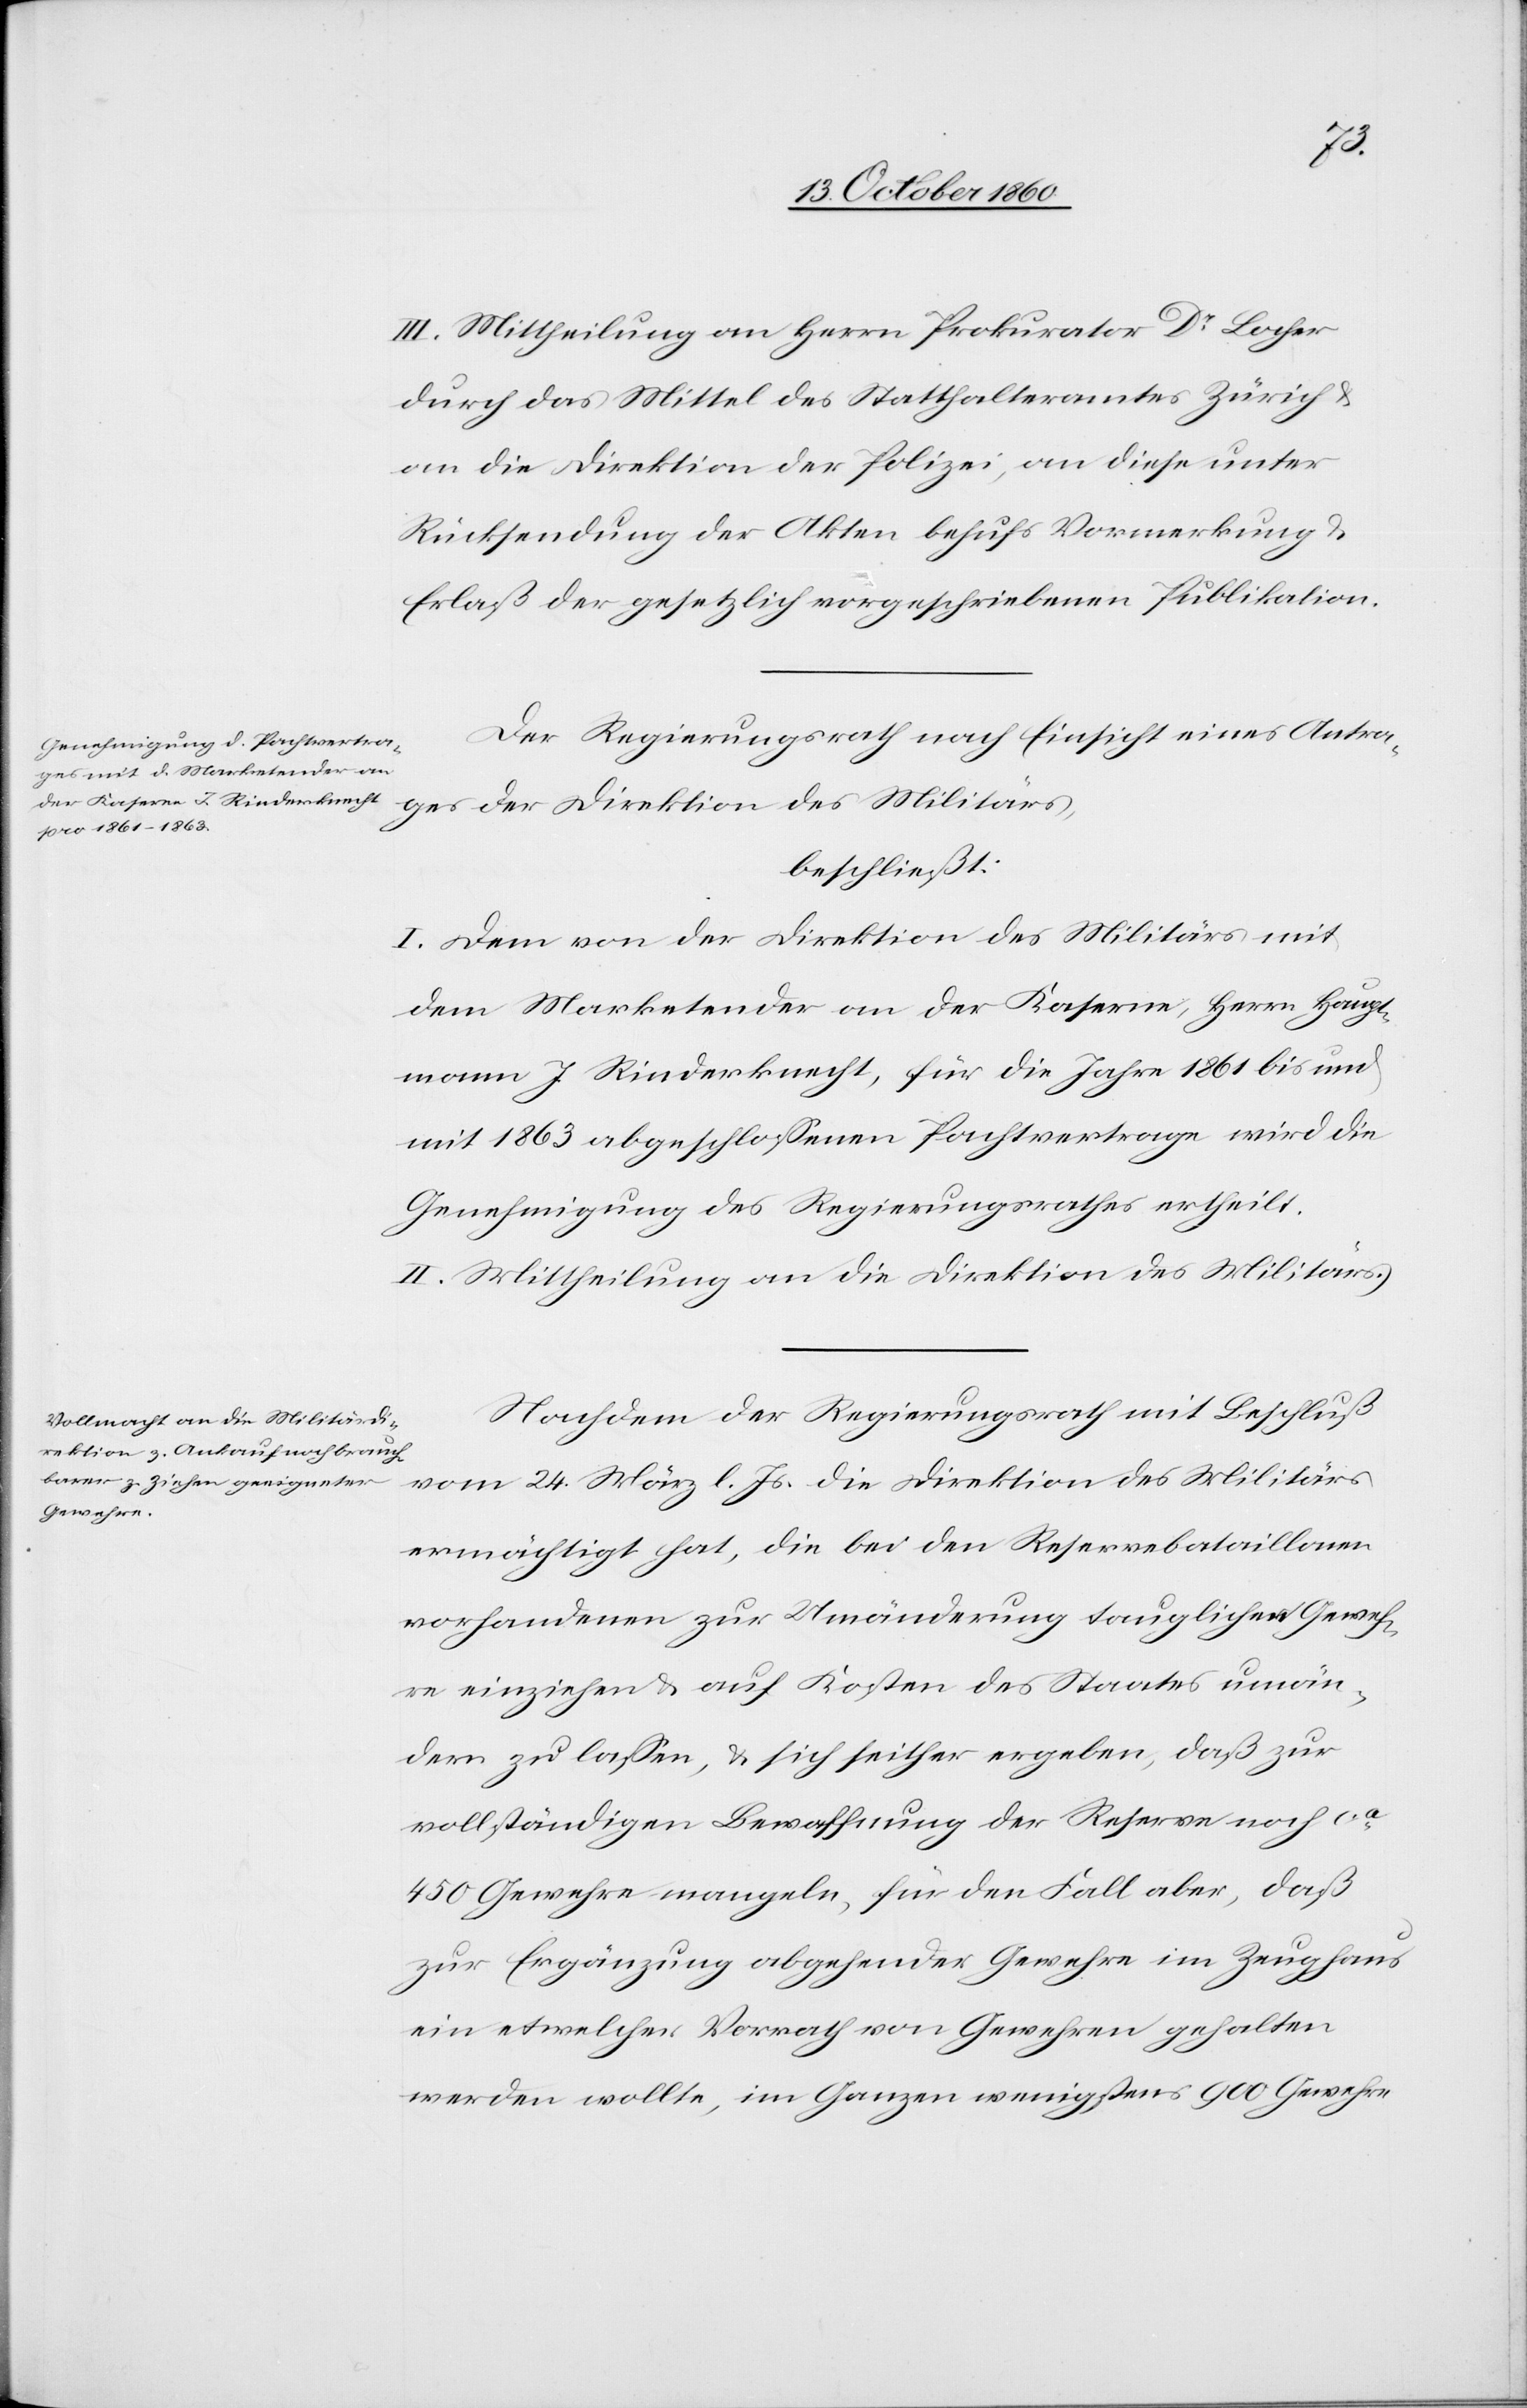
III. Mittheilung an Herrn Prokurator Dr Locher
durch das Mittel des Statthalteramtes Zürich u.
an die Direktion der Polizei, an diese unter
Rücksendung der Akten behufs Vormerkung u.
Erlaß der gesetzlich vorgeschriebenen Publikation.
Der Regierungsrath nach Einsicht eines Antra¬
ges der Direktion des Militärs,
beschließt:
I. Dem von der Direktion des Militärs mit
dem Marketender an der Kaserne, Herrn Haupt¬
mann J. Rinderknecht, für die Jahre 1861 bis und
mit 1863 abgeschlossenen Pachtvertrage wird die
Genehmigung des Regierungsrathes ertheilt.
II. Mittheilung an die Direktion des Militärs.
Nachdem der Regierungsrath mit Beschluß
vom 24. März l. Js. die Direktion des Militärs
ermächtigt hat, die bei den Reservebataillonen
vorhandenen zur Umänderung tauglichen Geweh¬
re einziehen u. auf Kosten des Staates umän¬
dern zu lassen, u. sich seither ergeben, daß zur
vollständigen Bewaffnung der Reserve noch ca
450 Gewehre mangeln, für den Fall aber, daß
zur Ergänzung abgehender Gewehre im Zeughaus
ein etwelcher Vorrath von Gewehren gehalten
werden wollte, im Ganzen wenigstens 900 Gewehre